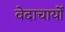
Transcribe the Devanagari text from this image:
वेदाचार्यों